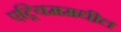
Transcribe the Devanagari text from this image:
एट्रियममधील